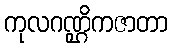
ကုလဂဏ္ဌိကဇာတာ